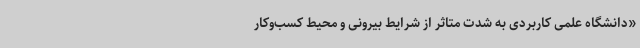
«دانشگاه علمی کاربردی به شدت متاثر از شرایط بیرونی و محیط کسب‌وکار